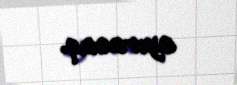
ayıracaq.